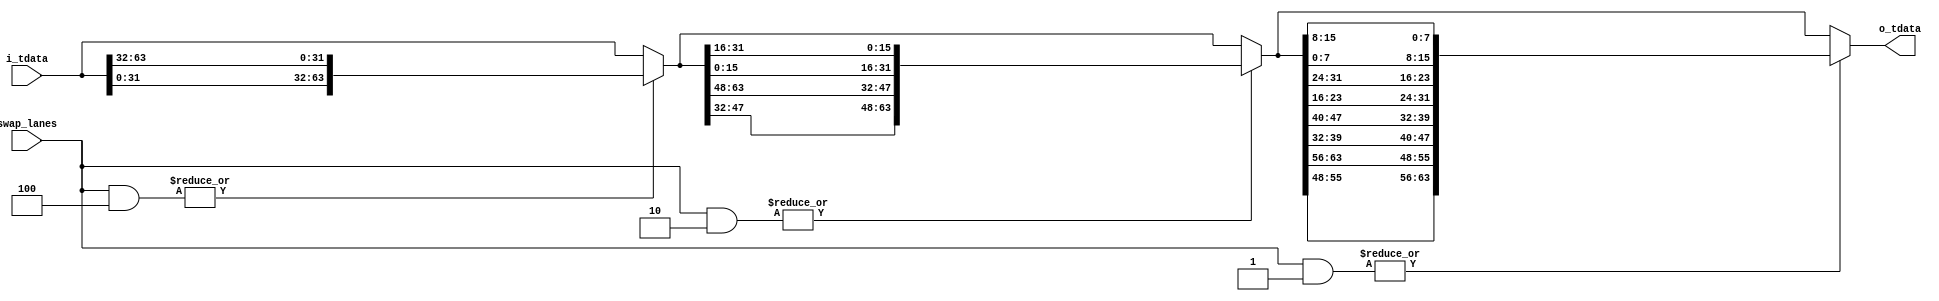
//
// Copyright 2013 Ettus Research LLC
//

module data_swapper_64 (
   input  [2:0]   swap_lanes,

   input  [63:0]  i_tdata,
   output [63:0]  o_tdata
);
   localparam SWAP_32B = 3'b100;
   localparam SWAP_16B = 3'b010;
   localparam SWAP_8B  = 3'b001;

   wire [63:0] data_p1, data_p2;

   assign data_p1 = (|(swap_lanes & SWAP_32B)) ? { i_tdata[31:0], i_tdata[63:32] } : i_tdata;
   assign data_p2 = (|(swap_lanes & SWAP_16B)) ? { data_p1[47:32], data_p1[63:48], data_p1[15:0],  data_p1[31:16] } : data_p1;
   assign o_tdata = (|(swap_lanes & SWAP_8B))  ? { data_p2[55:48], data_p2[63:56], data_p2[39:32], data_p2[47:40], 
                                                   data_p2[23:16], data_p2[31:24], data_p2[7:0],   data_p2[15:8]  } : data_p2;

endmodule // data_swapper_64